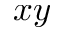
x y